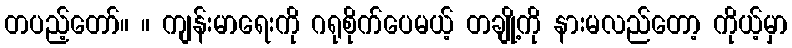
တပည့်တော်။ ။ ကျန်းမာရေးကို ဂရုစိုက်ပေမယ့် တချို့ကို နားမလည်တော့ ကိုယ့်မှာ